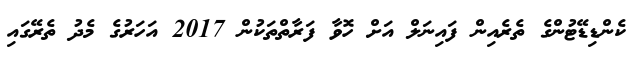
ކެންޑިޑޭޓުންގެ ތެރެއިން ފައިނަލް އަށް ހޮވާ ފަރާތްތަކުން 2017 އަހަރުގެ މެދު ތެރޭގައި